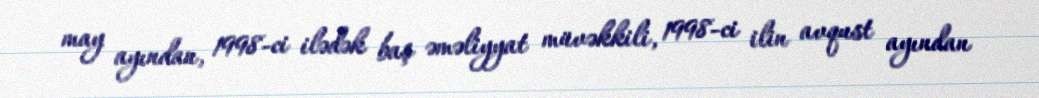
may ayından, 1998-ci ilədək baş əməliyyat müvəkkili, 1998-ci ilin avqust ayından